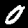
Digit: 0